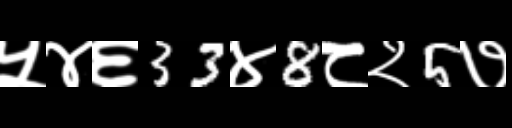
Text: ५४६33४8८२5७